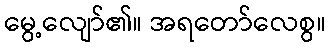
မွေ့လျော်၏။ အရတော်လေစွ။